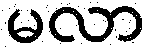
မလာ